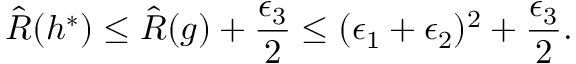
\hat { R } ( h ^ { * } ) \leq \hat { R } ( g ) + \frac { \epsilon _ { 3 } } { 2 } \leq ( \epsilon _ { 1 } + \epsilon _ { 2 } ) ^ { 2 } + \frac { \epsilon _ { 3 } } { 2 } .